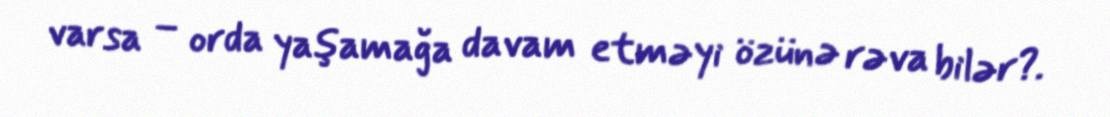
varsa – orda yaşamağa davam etməyi özünə rəva bilər?.